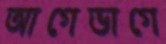
আগেভাগে